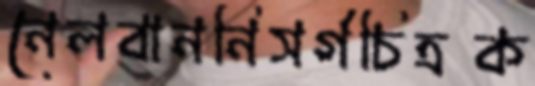
নেলবাননিসর্গচিত্রক